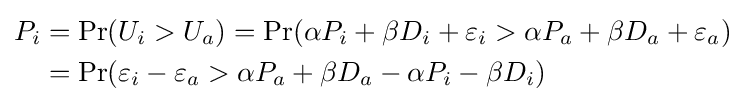
{\begin{aligned}P_{i}&=\Pr(U_{i}>U_{a})=\Pr(\alpha P_{i}+\beta D_{i}+\varepsilon _{i}>\alpha P_{a}+\beta D_{a}+\varepsilon _{a})\\&=\Pr(\varepsilon _{i}-\varepsilon _{a}>\alpha P_{a}+\beta D_{a}-\alpha P_{i}-\beta D_{i})\end{aligned}}